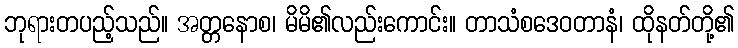
ဘုရားတပည့်သည်။ အတ္တနောစ၊ မိမိ၏လည်းကောင်း။ တာသံစဒေဝတာနံ၊ ထိုနတ်တို့၏